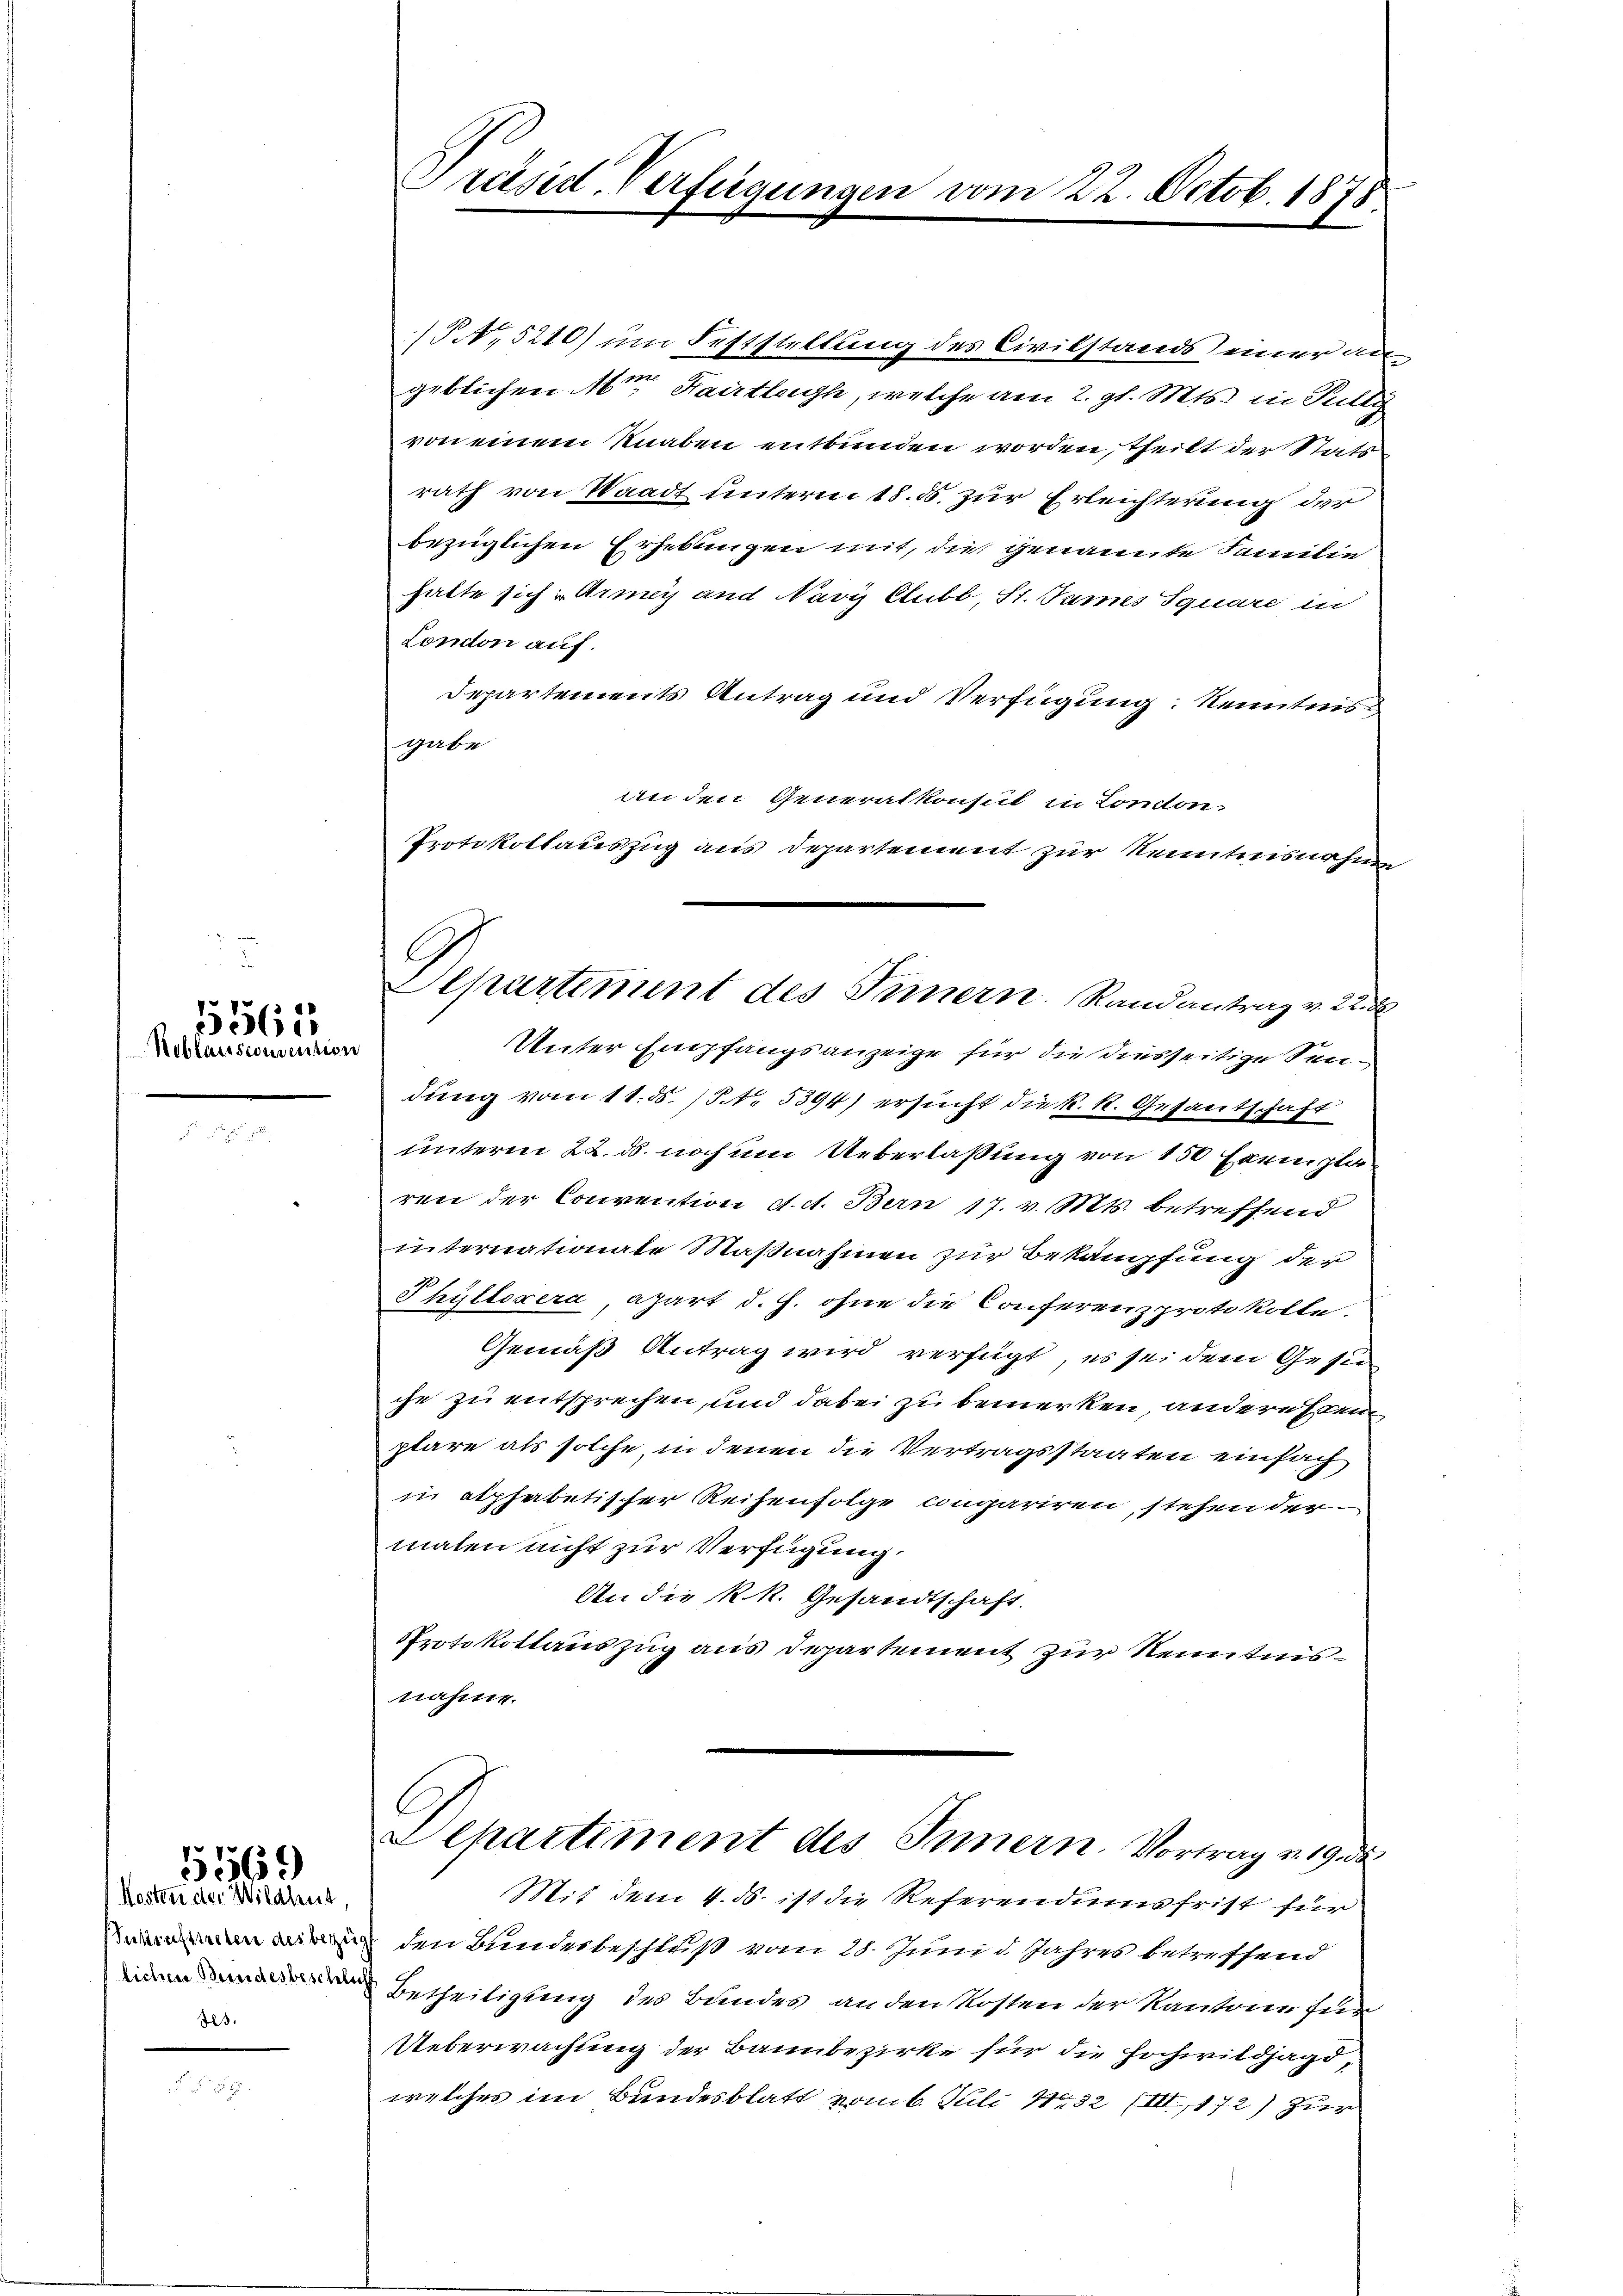
Reblaissconseition

15563

Snkrafttreten des bezi
lichen Beendesbeschele
des.

15569
Kosten der Wildhut,

Präsid. Verfügungen vom 22. Octob. 1878

/5 N. 5210) um Feststellung des Civilstands einer an
geblichen Mtt. Hartleih, welche am 2. gl. Mts. in Pulty
von einem Knaben entbunden worden theilt der Stats
rath von Waadt unterm 18. ds. zur Erleichterung der
bezüglichen Erhebungen mit, die genannte Familie
hatte sich Armey und Navy Clubb, St. Tannes Square in
London auf.
Departements Antrag und Verfügung: Kenntnis
gabe
an den Generalkonsul in Conton
Protokollauszug aus Departement zur Kenntnisnahme
Unter Empfangsanzeige für die diesseitige Sendung vom 11. ds. / No. 5394) ersucht die k. k. Gesantschaft
unterm 22. ds. noch um Ueberlaßung von 150 Exemplar
ren der Convention A. A. Bern 17. v. Mts. betreffend
internationate Maßnahmen zur Bekämpfung der
Phylloxera, apart d. h. ohne die Conferenzprotokolle.
Gemäß Antrag wird verfügt, es sei dem Gesin
che zu entsprechen, und dabei zu bemerken, anderessen
plare als solche, in denen die Vertragsstaaten einfach
in alphabetischer Reihenfolge compariren, stehen der
malen nicht zur Verfügung.
An die k. k. Gesandtschaft.
PProtokollauszug aus Departement zur Kenntnisnahme.
Departiment des Innern. Vortrag mag de
Mit dem 4. ds. ist die Referendumsfrist für
den Bundesbeschluß vom 28. Juni d. Jahres betreffend
Betheiligung des Bundes an den Kosten der Kantone für
Ueberwachung der Bannbezirke für die Hochwildjagdwelches im Bundesblatt vom 6. Juli 1832 (III, 172) zur

C
Aepartement des Innern. Randantrag v. 22. 8